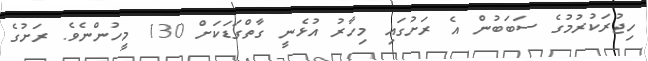
ހިޖުރަކުރުމުގެ ސަބަބުން އެ ރަށުގައި މިހާރު އުޅެނީ ގާތްގަޑަކަށް 130 މީހުންނެވެ. ރަށުގެ